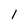
Character: 1